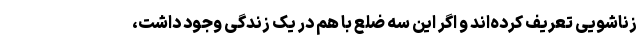
زناشویی تعریف کرده‌اند و اگر این سه ضلع با هم در یک زندگی وجود داشت،